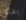
بشكل